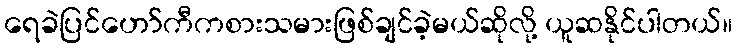
ရေခဲပြင်ဟော်ကီကစားသမားဖြစ်ချင်ခဲ့မယ်ဆိုလို့ ယူဆနိုင်ပါတယ်။